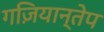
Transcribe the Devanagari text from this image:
गज़ियान्तेप